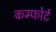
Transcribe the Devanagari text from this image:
कम्फोर्ट